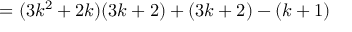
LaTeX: = ( 3 k ^ { 2 } + 2 k ) ( 3 k + 2 ) + ( 3 k + 2 ) - ( k + 1 )